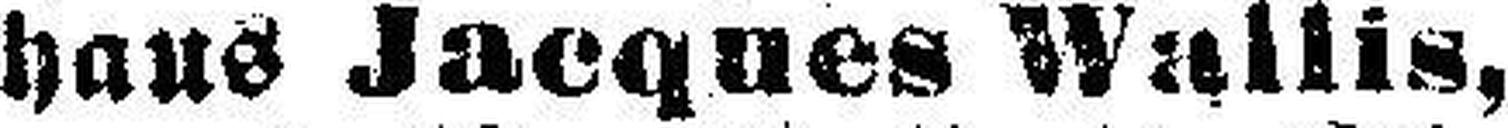
haus Jacques Wallis,